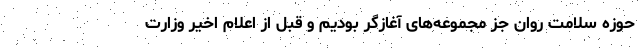
حوزه سلامت روان جز مجموعه‌های آغازگر بودیم و قبل از اعلام اخیر وزارت